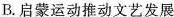
B.启蒙运动推动文艺发展